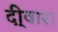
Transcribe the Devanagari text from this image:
दी्वारा